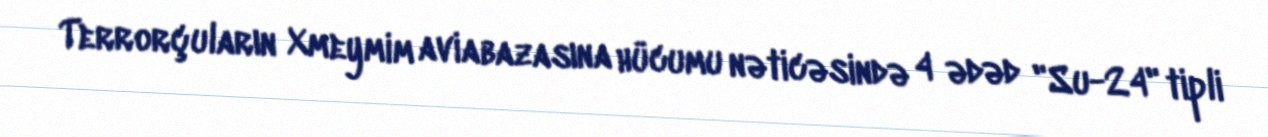
Terrorçuların Xmeymim aviabazasına hücumu nəticəsində 4 ədəd "Su-24" tipli